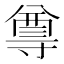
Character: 𭔿